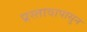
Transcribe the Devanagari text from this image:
प्रस्तावापासुन